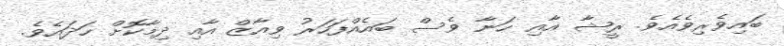
ބައިވެެރިވެއެވެ. ރީޝާ އާއި ހަނާ ވެސް ބައެއްފަހަރު ވިއާޒްް އާއި ދިމާކޮށް ހަދައެވެ.